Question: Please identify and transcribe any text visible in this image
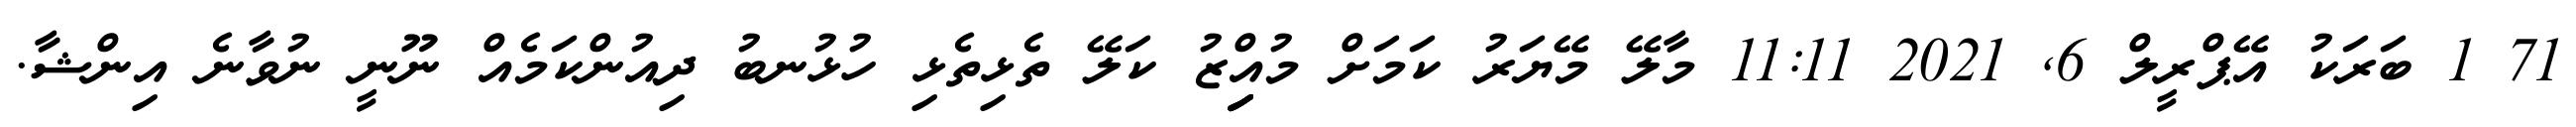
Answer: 71 1 ބަރަކު އޭޕްރީލް 6, 2021 11:11 މާލޭ މޭޔަރު ކަމަށް މުއިިިިިްޒު ކަލޭ ތެޅިތެޅި ހުޅުނބު ދިއުންކަމެއް ނޫނީ ނުވާނެ އިންޝާ.